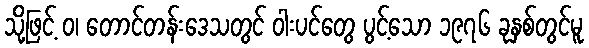
သို့ဖြင့် ဝ၊ တောင်တန်းဒေသတွင် ဝါးပင်တွေ ပွင့်သော ၁၉၇၆ ခုနှစ်တွင်မူ